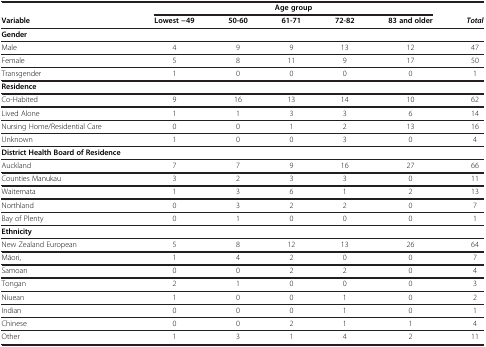
<table><thead><tr><td><b> </b></td><td colspan="5"><b>Age group</b></td><td><b> </b></td></tr><tr><td><b>Variable</b></td><td><b>Lowest −49</b></td><td><b>50-60</b></td><td><b>61-71</b></td><td><b>72-82</b></td><td><b>83 and older</b></td><td><b><i>Total</i></b></td></tr></thead><tbody><tr><td><b>Gender</b></td><td> </td><td> </td><td> </td><td> </td><td> </td><td> </td></tr><tr><td>Male</td><td>4</td><td>9</td><td>9</td><td>13</td><td>12</td><td>47</td></tr><tr><td>Female</td><td>5</td><td>8</td><td>11</td><td>9</td><td>17</td><td>50</td></tr><tr><td>Transgender</td><td>1</td><td>0</td><td>0</td><td>0</td><td>0</td><td>1</td></tr><tr><td><b>Residence</b></td><td> </td><td> </td><td> </td><td> </td><td> </td><td> </td></tr><tr><td>Co-Habited</td><td>9</td><td>16</td><td>13</td><td>14</td><td>10</td><td>62</td></tr><tr><td>Lived Alone</td><td>1</td><td>1</td><td>3</td><td>3</td><td>6</td><td>14</td></tr><tr><td>Nursing Home/Residential Care</td><td>0</td><td>0</td><td>1</td><td>2</td><td>13</td><td>16</td></tr><tr><td>Unknown</td><td>1</td><td>0</td><td>0</td><td>3</td><td>0</td><td>4</td></tr><tr><td><b>District Health Board of Residence</b></td><td> </td><td> </td><td> </td><td> </td><td> </td><td> </td></tr><tr><td>Auckland</td><td>7</td><td>7</td><td>9</td><td>16</td><td>27</td><td>66</td></tr><tr><td>Counties Manukau</td><td>3</td><td>2</td><td>3</td><td>3</td><td>0</td><td>11</td></tr><tr><td>Waitemata</td><td>1</td><td>3</td><td>6</td><td>1</td><td>2</td><td>13</td></tr><tr><td>Northland</td><td>0</td><td>3</td><td>2</td><td>2</td><td>0</td><td>7</td></tr><tr><td>Bay of Plenty</td><td>0</td><td>1</td><td>0</td><td>0</td><td>0</td><td>1</td></tr><tr><td><b>Ethnicity</b></td><td> </td><td> </td><td> </td><td> </td><td> </td><td> </td></tr><tr><td>New Zealand European</td><td>5</td><td>8</td><td>12</td><td>13</td><td>26</td><td>64</td></tr><tr><td>Māori,</td><td>1</td><td>4</td><td>2</td><td>0</td><td>0</td><td>7</td></tr><tr><td>Samoan</td><td>0</td><td>0</td><td>2</td><td>2</td><td>0</td><td>4</td></tr><tr><td>Tongan</td><td>2</td><td>1</td><td>0</td><td>0</td><td>0</td><td>3</td></tr><tr><td>Niuean</td><td>1</td><td>0</td><td>0</td><td>1</td><td>0</td><td>2</td></tr><tr><td>Indian</td><td>0</td><td>0</td><td>0</td><td>1</td><td>0</td><td>1</td></tr><tr><td>Chinese</td><td>0</td><td>0</td><td>2</td><td>1</td><td>1</td><td>4</td></tr><tr><td>Other</td><td>1</td><td>3</td><td>1</td><td>4</td><td>2</td><td>11</td></tr></tbody></table>